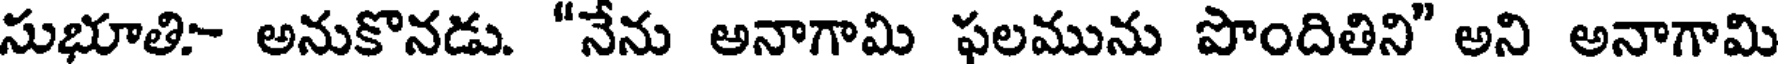
సుభూతి- అనుకొనడు. "నేను అనాగామి ఫలమును పొందితిని" అని అనాగామి